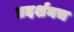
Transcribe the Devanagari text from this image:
प्रदर्शनच